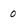
Character: 0